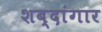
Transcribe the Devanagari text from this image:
शब्दांगार